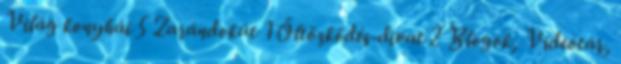
Világ konyhái 5 Zarándokút 1 Öltözködés-divat 2 Blogok, Videótár,